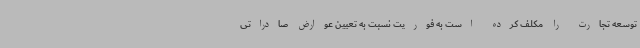
توسعه تجارت را مکلف کرده است به فوریت نسبت به تعیین عوارض صادراتی